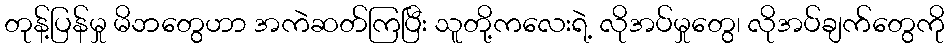
တုန့်ပြန်မှု မိဘတွေဟာ အကဲဆတ်ကြပြီး သူတို့ကလေးရဲ့ လိုအပ်မှုတွေ၊ လိုအပ်ချက်တွေကို